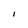
Character: I